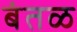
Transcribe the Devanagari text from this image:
बंतळ